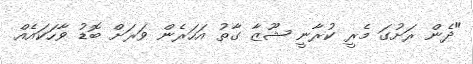
"ދެން ރަށުގަ މެރީ ކުރާނީ ޝޫޒާ ގާތު އަހަރެން ވަރަށް ބޮޑު ވާހަކައެއް